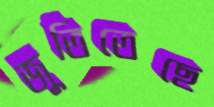
জুতিতেছে